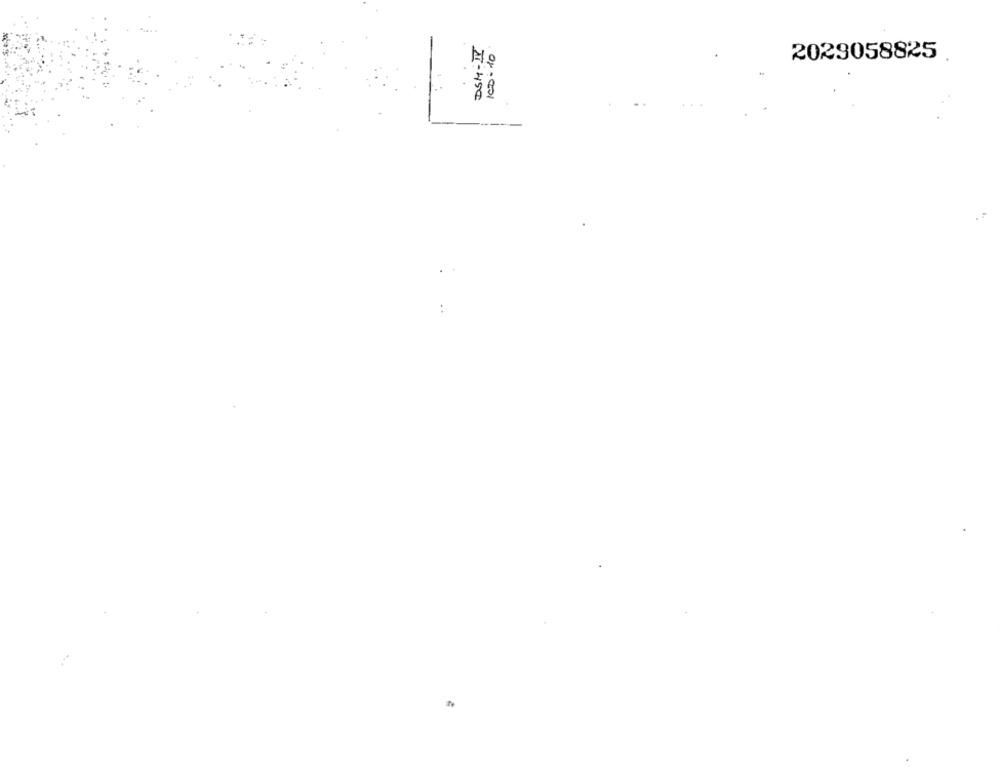
DSM-IV
100:10
2029058825
...
..